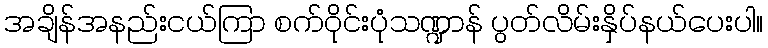
အချိန်အနည်းငယ်ကြာ စက်ဝိုင်းပုံသဏ္ဍာန် ပွတ်လိမ်းနှိပ်နယ်ပေးပါ။